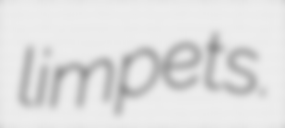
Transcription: limpets.